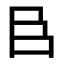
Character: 𮍌